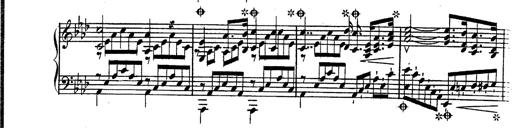
Title: Hexameron, Morceau de Concert
Composer: Franz Liszt